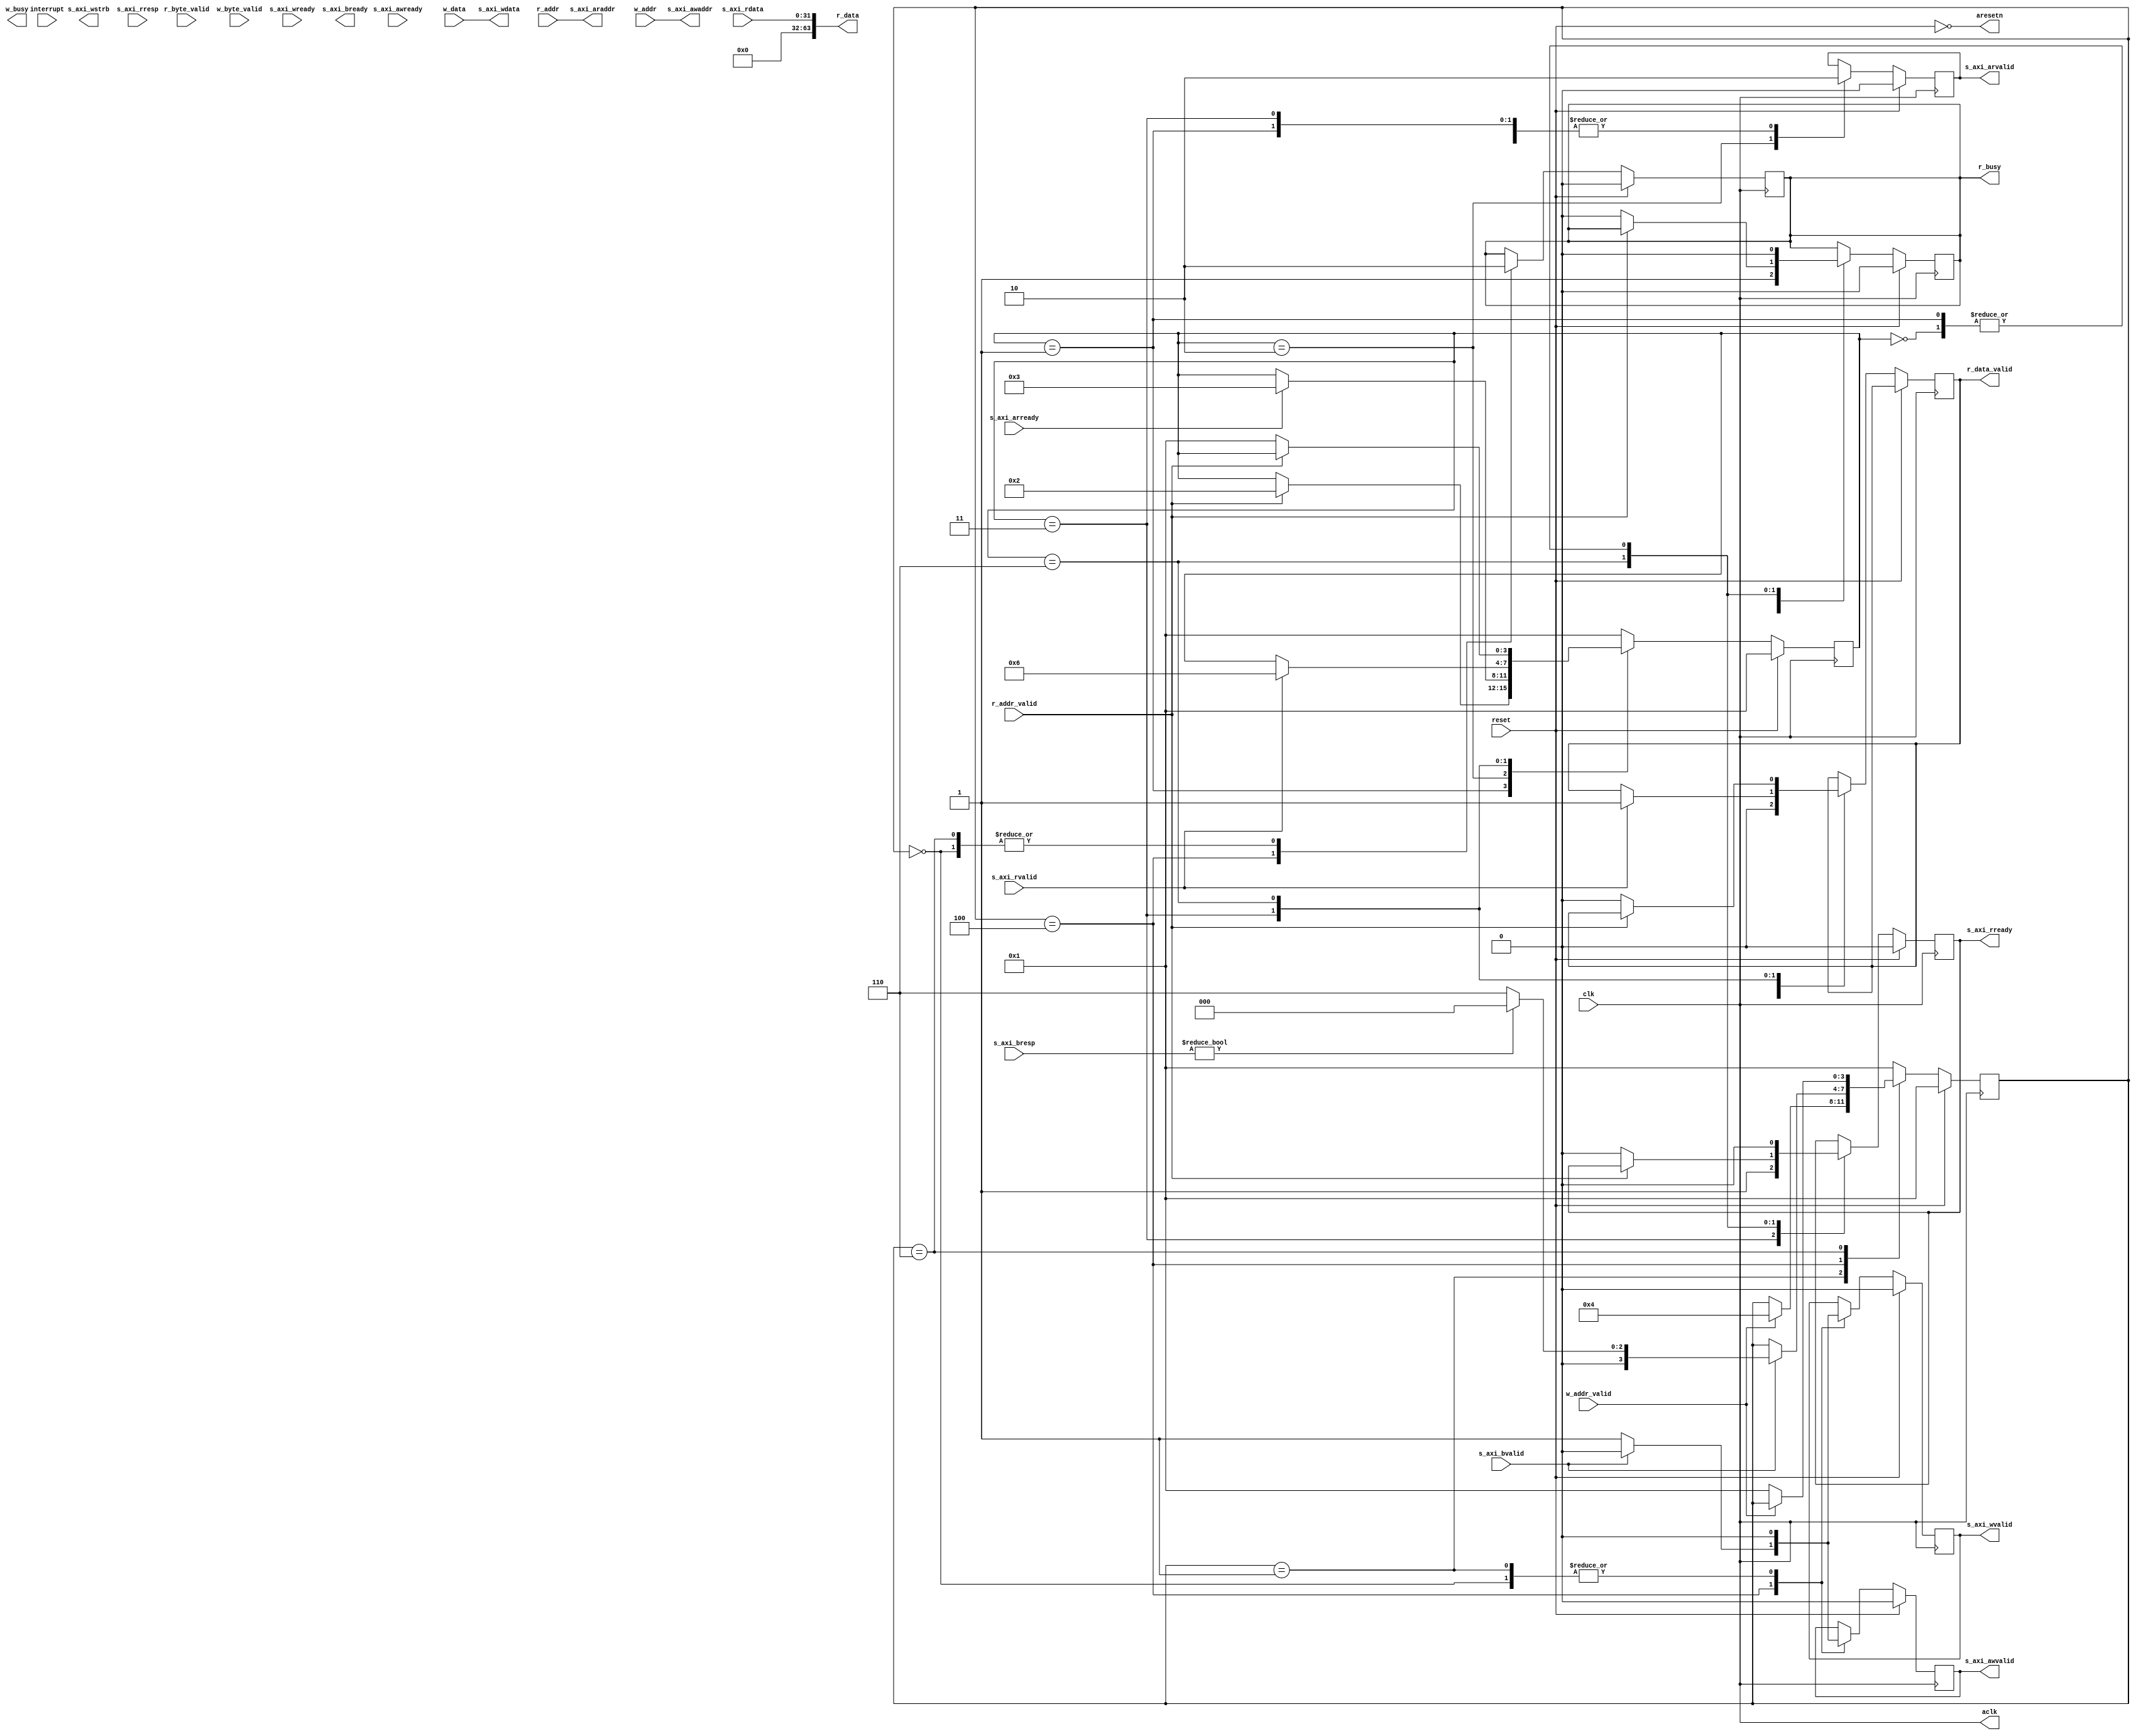
module cpu_axi (
    input wire clk,
    input wire reset,

    output reg r_busy,
    input wire r_addr_valid,
    input wire [63:0]r_addr,
    input wire [7:0]r_byte_valid,
    output reg r_data_valid,
    output wire [63:0]r_data,

    output reg w_busy,
    input wire w_addr_valid,
    input wire [63:0]w_addr,
    input wire [63:0]w_data,
    input wire [7:0]w_byte_valid,
    
    output wire aclk,
    output wire aresetn,
    input wire interrupt,
    output wire [63:0]s_axi_awaddr,
    output reg s_axi_awvalid,
    input wire s_axi_awready,
    output wire [63:0]s_axi_wdata,
    output reg [3:0]s_axi_wstrb,
    output reg s_axi_wvalid,
    input wire s_axi_wready,
    input wire [1:0]s_axi_bresp,
    input wire s_axi_bvalid,
    output reg s_axi_bready,
    output wire [63:0]s_axi_araddr,
    output reg s_axi_arvalid,
    input wire s_axi_arready,
    input wire [31:0]s_axi_rdata,
    input wire [1:0]s_axi_rresp,
    input wire s_axi_rvalid,
    output reg s_axi_rready
);
    reg [3:0]axi_state_r;
    reg [3:0]axi_state_w;
    reg [63:0]axi_addr_reg;
    reg [63:0]axi_data_reg;
    
    assign s_axi_awaddr = w_addr ;
    assign s_axi_araddr = r_addr;
    assign s_axi_wdata = w_data;
    assign r_data = s_axi_rdata;

    localparam IDLE = 4'h1;
    localparam RD_ADDR = 4'h2;
    localparam RD_DATA = 4'h3;
    localparam WR_ADDR = 4'h4;
    localparam WR_DATA = 4'h5;
    localparam DONE = 4'h6;
    localparam RESET = 4'h0;
    
    assign data = axi_data_reg;
    assign aresetn = ~reset;
    assign aclk = clk;
 
    always @ (posedge aclk) begin
        if (reset == 1'b1) begin
			axi_state_r <= IDLE;
			r_busy <= 1'b0;
			s_axi_arvalid <= 0;
			s_axi_rready <= 0;
		end else begin

		    case (axi_state_r)
		        IDLE:begin
                    r_busy <= 1'b0;
                    s_axi_arvalid <= 1'b0;
                    s_axi_rready <= 1'b0;
                    r_data_valid <= 1'b0;
		            if (r_addr_valid == 1'b1) begin
		                axi_state_r <= RD_ADDR;
		            end
		        end
		        RD_ADDR:begin
		            s_axi_arvalid <= 1'b1;
                    r_busy <= 1'b1;

		            if (s_axi_arready == 1'b1) begin
		                axi_state_r <= RD_DATA;
		            end
		        end
		        RD_DATA:begin
		            s_axi_arvalid <= 1'b0;
		            s_axi_rready <= 1'b1;
		            if (s_axi_rvalid == 1'b1) begin
		                axi_state_r <= DONE;
		                r_data_valid <= 1'b1;
		            end
		        end
		        DONE:begin
		            if (r_addr_valid == 1'b0) begin
		                s_axi_rready <= 1'b0;
		                axi_state_r <= IDLE;
		                r_busy <= 1'b0;
		                r_data_valid <= 1'b0;
		            end
		        end
		        RESET:begin
                    r_busy <= 1'b0;
                    s_axi_arvalid <= 1'b0;
                    s_axi_rready <= 1'b0;
                    axi_state_r <= IDLE;
		        end
		        default:begin
		            axi_state_r <= IDLE;
		        end
		    endcase
		end
	end
	
	always @ (posedge aclk) begin
        if (reset == 1'b1) begin
			axi_state_w <= IDLE;
			r_busy <= 1'b0;
			s_axi_awvalid <= 0;
			s_axi_wvalid <= 0;
		end else begin
		    case (axi_state_w)
		        IDLE:begin
                    s_axi_awvalid <= 1'b0;
		            s_axi_wvalid <= 1'b0;

		            if (w_addr_valid == 1'b1) begin
		                axi_state_w <= WR_ADDR;
		            end
		        end
		        WR_ADDR:begin
		            s_axi_awvalid <= 1'b1;
		            s_axi_wvalid <= 1'b1;
		            r_busy <= 1'b1;

		            if (s_axi_bvalid == 1'b1) begin
		                s_axi_awvalid <= 1'b0;
		                s_axi_wvalid <= 1'b0;

		                if (s_axi_bresp != 2'b0) begin
		                //failed.retry...
		                    axi_state_w <= RESET;
		                end else begin
		                    axi_state_w <= DONE;
		                end
		            end
		        end
		        DONE:begin
		            r_busy <= 1'b0;
		            if (w_addr_valid == 1'b0) begin
		                axi_state_w <= IDLE;
		            end
		        end
		        RESET:begin
		            r_busy <= 1'b0;
                    axi_state_w <= 4'h0;
                    s_axi_awvalid <= 0;
                    s_axi_wvalid <= 0;
		            axi_state_w <= IDLE;
		        end
		        default:begin
		            axi_state_w <= IDLE;
		        end
		    endcase
		end
	end
    
endmodule